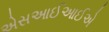
એસઆઈઆઈએ